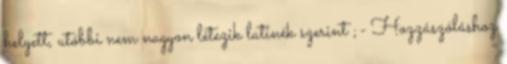
helyett, utóbbi nem nagyon létezik latinék szerint ;- Hozzászóláshoz